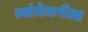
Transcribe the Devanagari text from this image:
त्यांचेकरीता